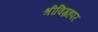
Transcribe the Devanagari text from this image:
श्रीविग्रहपर